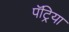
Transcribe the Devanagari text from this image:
पॅट्रिया